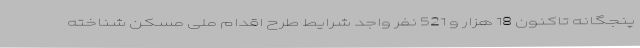
پنجگانه تاکنون 18 هزار و 521 نفر واجد شرایط طرح اقدام ملی مسکن شناخته